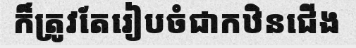
ក៏ត្រូវតែរៀបចំជាកឋិនជើង